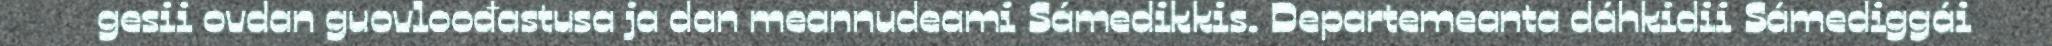
gesii ovdan guovloođastusa ja dan meannudeami Sámedikkis. Departemeanta dáhkidii Sámediggái